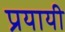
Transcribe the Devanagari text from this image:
प्रयायी